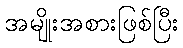
အမျိုးအစားဖြစ်ပြီး